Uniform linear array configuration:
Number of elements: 48
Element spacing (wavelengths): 0.75
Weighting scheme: uniform
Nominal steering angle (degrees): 15
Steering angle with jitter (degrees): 15.99
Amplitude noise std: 0.05
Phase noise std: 0.05

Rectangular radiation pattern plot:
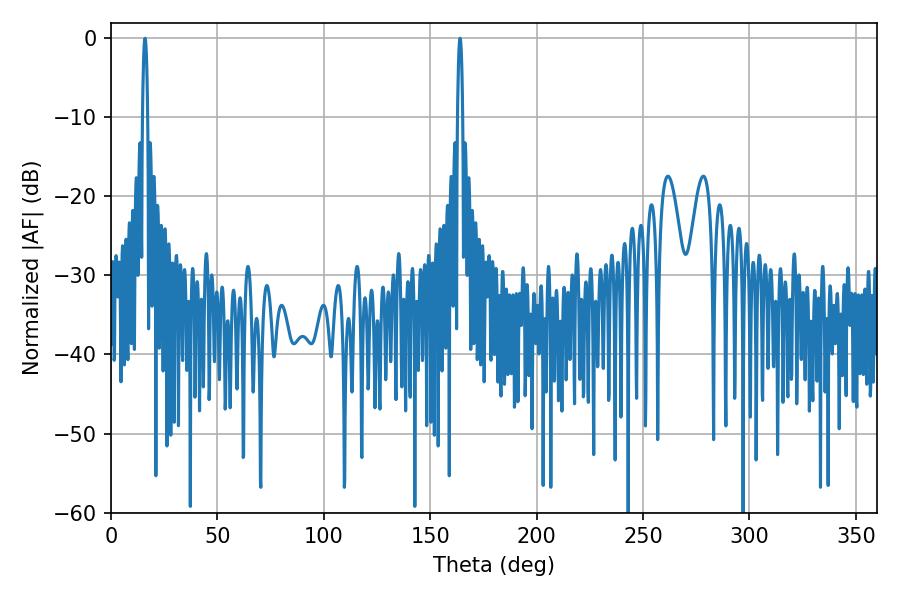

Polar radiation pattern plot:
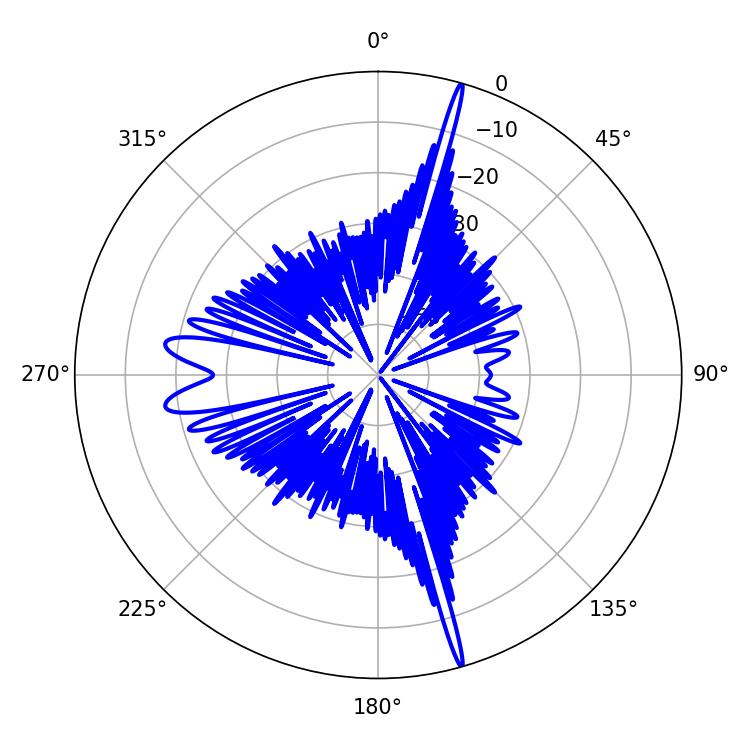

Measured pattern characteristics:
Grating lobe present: TRUE
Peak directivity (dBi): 22.77
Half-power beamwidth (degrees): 1.26
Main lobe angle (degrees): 16.02